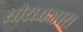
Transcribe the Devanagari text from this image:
सीरध्वजास